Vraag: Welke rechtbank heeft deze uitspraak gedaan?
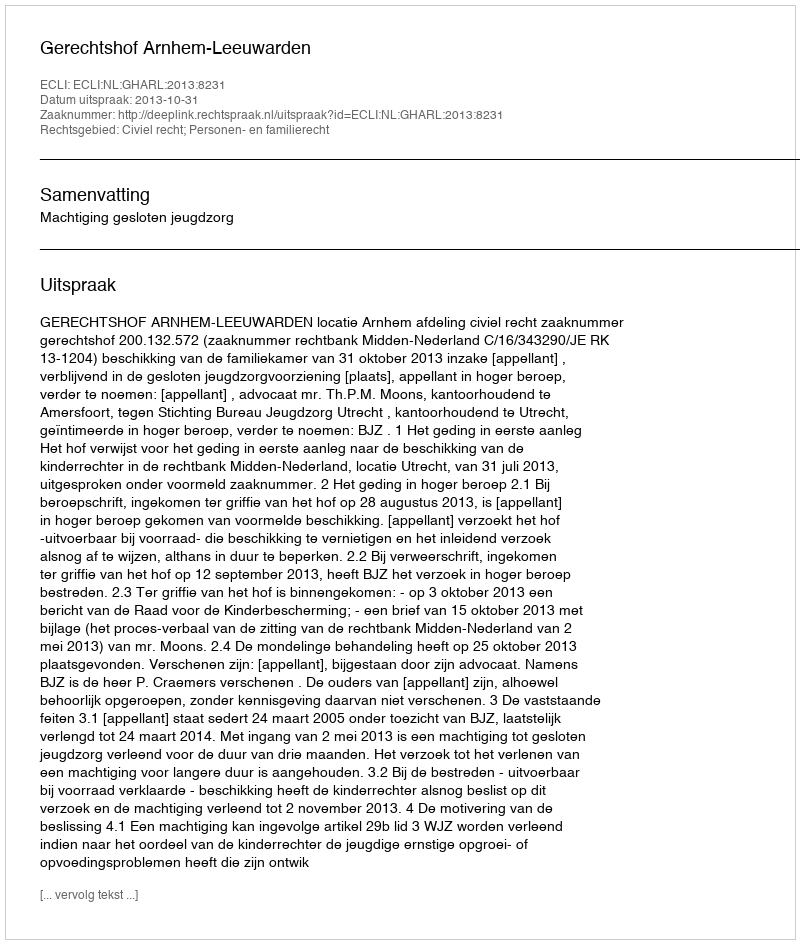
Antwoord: Gerechtshof Arnhem-Leeuwarden